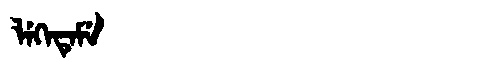
Manchu: ᠯᡝᡴᡝᡨᡝᠮᡝ
Romanization: LEKETEME